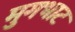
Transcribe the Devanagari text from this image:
मुगभाट